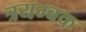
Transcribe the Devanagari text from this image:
त्रयम्बक